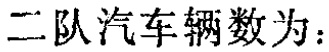
二队汽车辆数为：